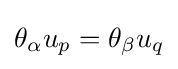
{\textstyle \theta _{\alpha }u_{p}=\theta _{\beta }u_{q}}